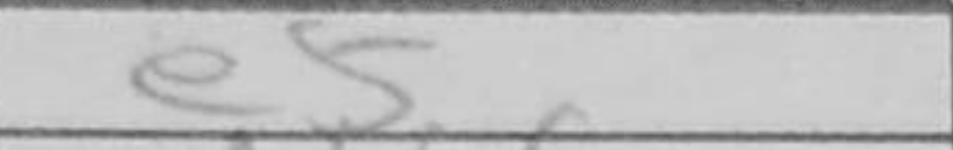
Transcription: e5